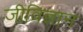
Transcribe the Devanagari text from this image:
जीविज्ञान